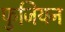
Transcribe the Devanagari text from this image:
फुजियन